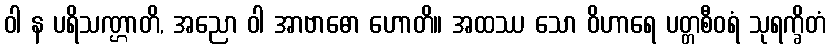
ဝါ န ပရိသဏ္ဌာတိ, အညော ဝါ အာဗာဓော ဟောတိ။ အထဿ သော ဝိဟာရေ ပတ္တစီဝရံ သုရက္ခိတံ